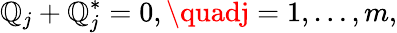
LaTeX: \mathbb{Q}_{j}+\mathbb{Q}_{j}^{*}=0,\quadj=1,\ldots,m,